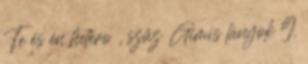
Te és én hetero , szűz Gimis lányok 9.